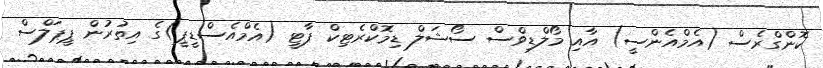
ކޮންގްރެސް (އެމްއެންސީ) އާއި މޯލްޑިވްސް ސޯޝަލް ޑިމޮކްރެޓިކް ޕާޓީ (އެމްއެސްޑީޕީ)ގެ އިތުރުން ޕީޕަލްސް